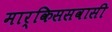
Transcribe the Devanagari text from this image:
मार्किससवासी